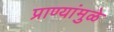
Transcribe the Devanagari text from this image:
प्राण्यांमुळे